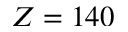
Z = 1 4 0